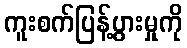
ကူးစက်ပြန့်ပွားမှုကို